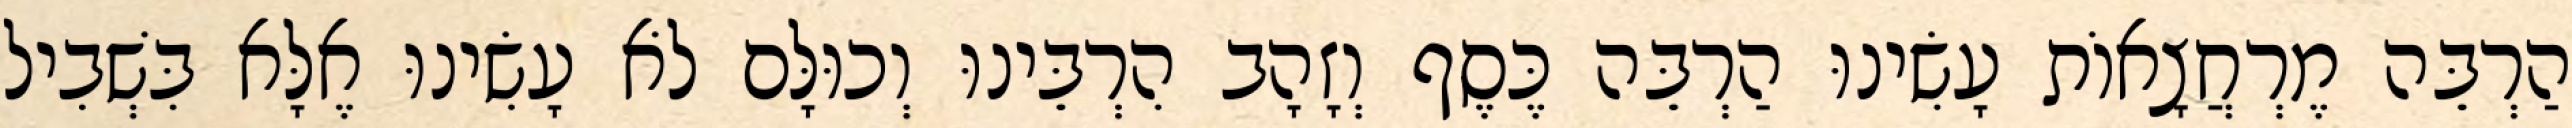
הַרְבֵּה מֶרְחֲצָאוֹת עָשִׂינוּ הַרְבֵּה כֶּסֶף וְזָהָב הִרְבֵּינוּ וְכוּלָּם לֹא עָשִׂינוּ אֶלָּא בִּשְׁבִיל